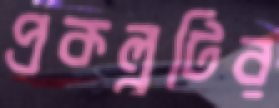
প্রকল্পটির